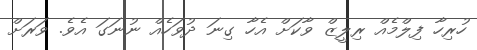
ހުރިހާ ފިލްމެއް ރިލީޒް ވާކަށް އެހާ ގިނަ ދުވަހެއް ނުނަގަ އެވެ. ވަރަށް